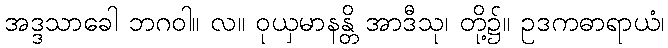
အဒ္ဒသာခေါ ဘဂဝါ။ လ။ ဝုယှမာနန္တိ အာဒီသု၊ တို့၌။ ဥဒကဓာရာယံ၊